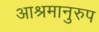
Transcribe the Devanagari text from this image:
आश्रमानुरुप